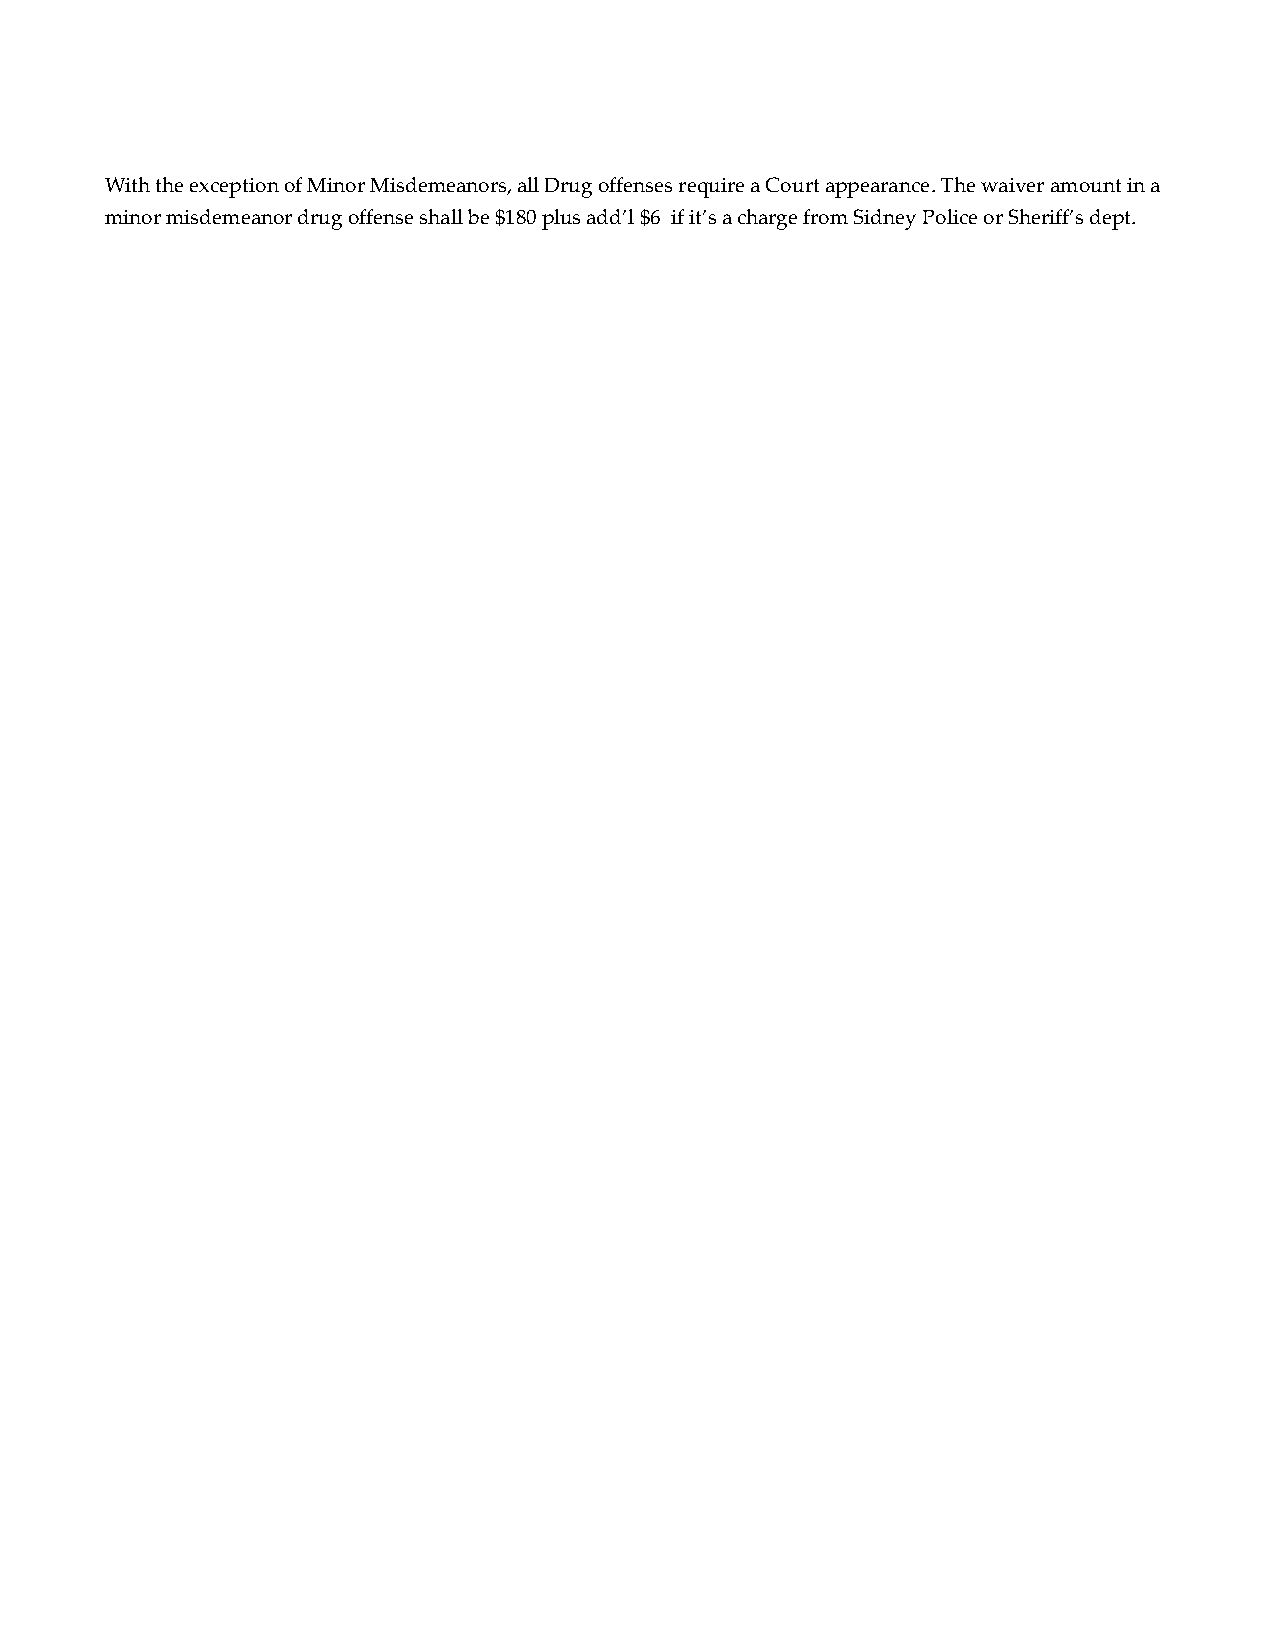
With the exception of Minor Misdemeanors, all Drug offenses require a Court appearance. The waiver amount in a
 minor misdemeanor drug offense shall be $180 plus add’l $6 if it’s a charge from Sidney Police or Sheriff’s dept.